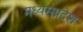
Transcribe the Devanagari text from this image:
मध्यसप्रदेश